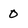
Character: O